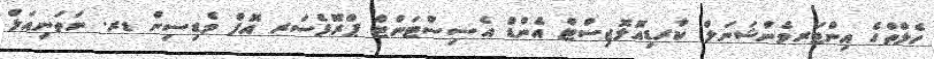
ހެލްތްގެ އިންޓަރވެންޝަނަލް ކާރޑިއޮލޮޖިސްޓް އެންޑް އެސިސްޓަންޓް ޕްރޮފެސަރ އޮފް މެޑިސިން ޑރ. ނަތަނިއަލް